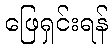
ဖြေရှင်းရန်